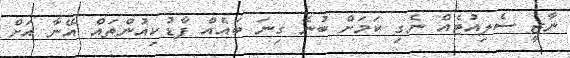
ނާޒީ ސެލިއުޓެއް ނެގި ކަމަށް ބުނެ ގިނަ ބައެއް ފާޑުކިއުންތައް އޭނާ އަށް